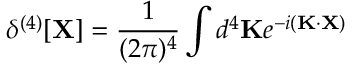
\delta ^ { ( 4 ) } [ \mathbf { X } ] = { \frac { 1 } { ( 2 \pi ) ^ { 4 } } } \int d ^ { 4 } \mathbf { K } e ^ { - i ( \mathbf { K } \cdot \mathbf { X } ) }